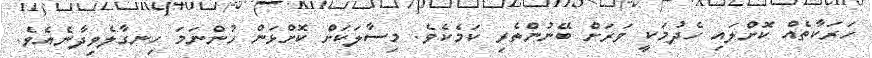
ހަރަކާތެއް ކޮށްލައި ހެދުމަކީ ވަރަށް ބޭނުންތެރި ކަމެކެވެ. މިސާލަކަށް ކޮށްޅަން ހުންނަމަ ހިނގާލެވިދާނެއެވެ.